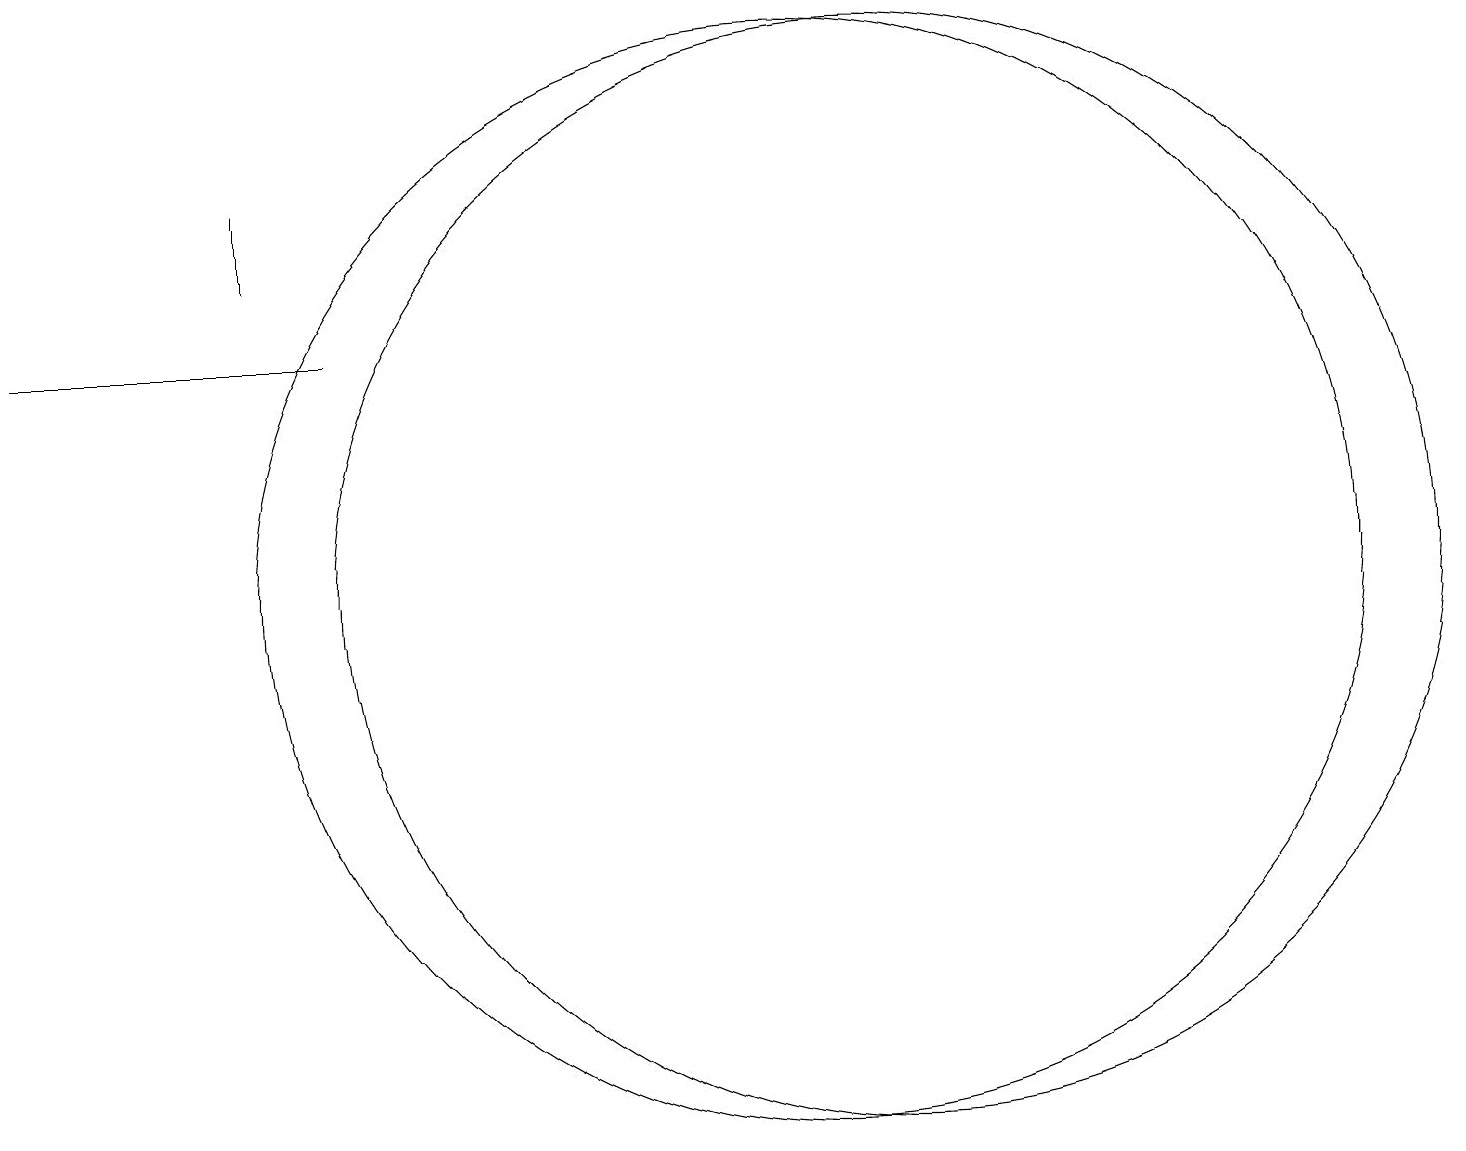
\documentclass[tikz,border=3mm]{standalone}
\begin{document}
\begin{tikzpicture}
\draw (3,15) rectangle (3,14);
\draw (0,13) rectangle (4,13);
\draw (11,10) circle (7);
\draw (10,10) circle (7);
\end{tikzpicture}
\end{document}